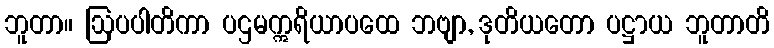
ဘူတာ။ ဩပပါတိကာ ပဌမဣရိယာပထေ ဘဗျာ, ဒုတိယတော ပဋ္ဌာယ ဘူတာတိ